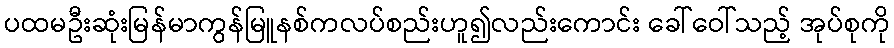
ပထမဦးဆုံးမြန်မာကွန်မြူနစ်ကလပ်စည်းဟူ၍လည်းကောင်း ခေါ်ဝေါ်သည့် အုပ်စုကို